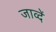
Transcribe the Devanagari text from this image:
जाव्दें